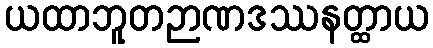
ယထာဘူတဉာဏဒဿနတ္ထာယ